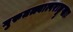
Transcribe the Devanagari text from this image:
गुरुतत्त्वात्पराङ्मुखाः